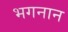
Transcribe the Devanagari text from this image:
भगनान